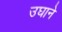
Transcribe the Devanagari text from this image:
उघाने